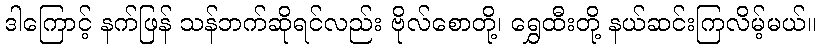
ဒါကြောင့် နက်ဖြန် သန်ဘက်ဆိုရင်လည်း ဗိုလ်စောတို့၊ ရွှေထီးတို့ နယ်ဆင်းကြလိမ့်မယ်။